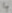
Text: 4